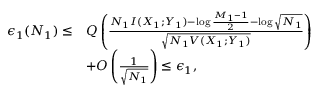
\begin{array} { r l } { \epsilon _ { 1 } ( N _ { 1 } ) \leq } & { Q \left( \frac { N _ { 1 } I ( X _ { 1 } ; Y _ { 1 } ) - \log \frac { M _ { 1 } - 1 } { 2 } - \log \sqrt { N _ { 1 } } } { \sqrt { N _ { 1 } V ( X _ { 1 } ; Y _ { 1 } ) } } \right) } \\ & { + O \left( \frac { 1 } { \sqrt { N _ { 1 } } } \right) \leq \epsilon _ { 1 } , } \end{array}